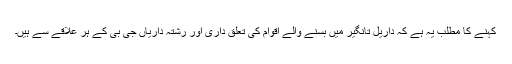
کہنے کا مطلب یہ ہے کہ داریل تانگیر میں بسنے والے اقوام کی تعلق داری اور رشتہ داریاں جی بی کے ہر علاقے سے ہیں۔